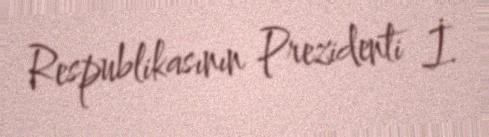
Respublikasının Prezidenti İ.